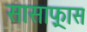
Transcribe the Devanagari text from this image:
सासाफ़्रास